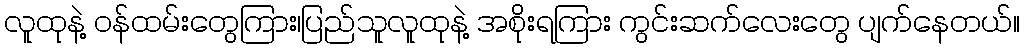
လူထုနဲ့ ဝန်ထမ်းတွေကြား၊ပြည်သူလူထုနဲ့ အစိုးရကြား ကွင်းဆက်လေးတွေ ပျက်နေတယ်။